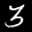
Label: 3